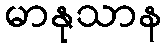
မာနုသာန